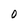
Character: 0